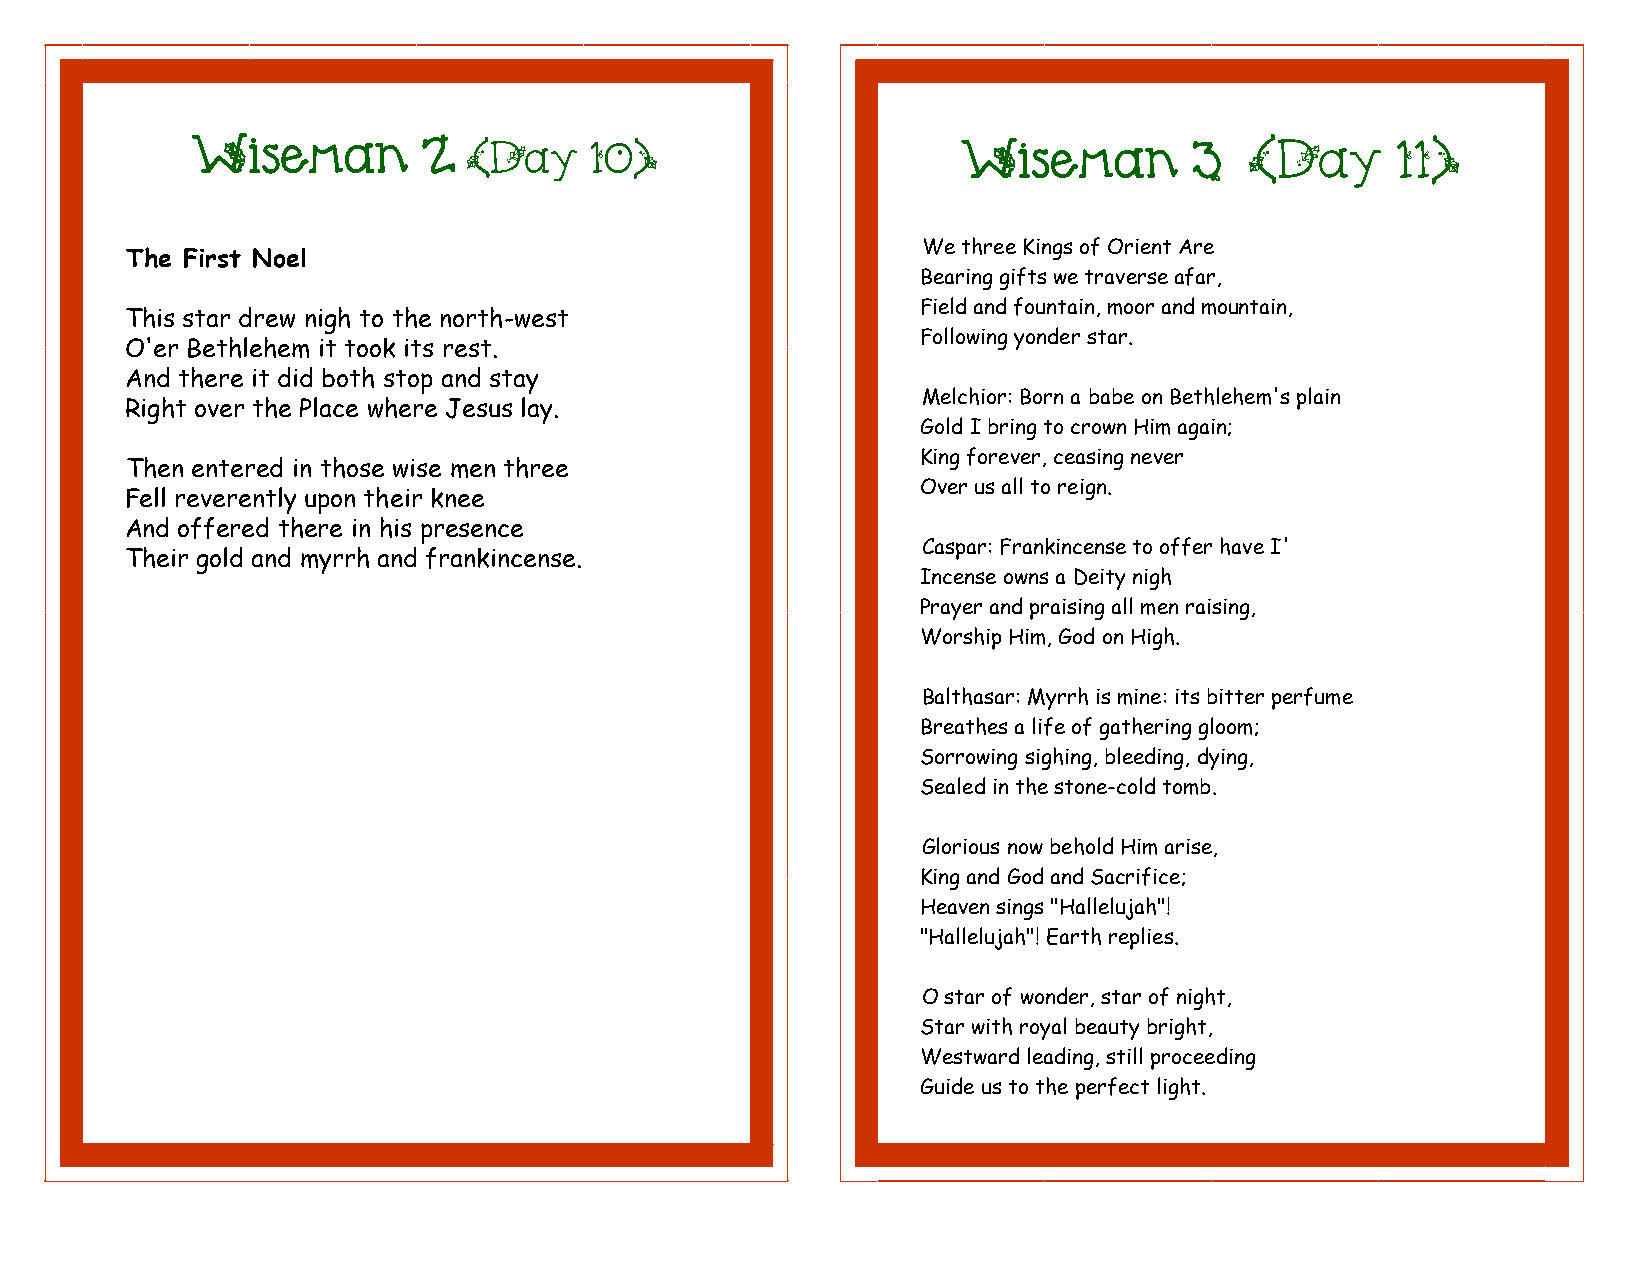
Wiseman        2  (Day    10)                      Wiseman        3   (Day     11)
 We three Kings of Orient Are
 The First Noel
 Bearing gifts we traverse afar,
 Field and fountain, moor and mountain,
 This star drew nigh to the north-west
 Following yonder star.
 O'er Bethlehem it took its rest.
 And there it did both stop and stay
 Melchior: Born a babe on Bethlehem's plain
 Right over the Place where Jesus lay.
 Gold I bring to crown Him again;
 King forever, ceasing never
 Then entered in those wise men three
 Over us all to reign.
 Fell reverently upon their knee
 And offered there in his presence
 Caspar: Frankincense to offer have I'
 Their gold and myrrh and frankincense.
 Incense owns a Deity nigh
 Prayer and praising all men raising,
 Worship Him, God on High.
 Balthasar: Myrrh is mine: its bitter perfume
 Breathes a life of gathering gloom;
 Sorrowing sighing, bleeding, dying,
 Sealed in the stone-cold tomb.
 Glorious now behold Him arise,
 King and God and Sacrifice;
 Heaven sings "Hallelujah"!
 "Hallelujah"! Earth replies.
 O star of wonder, star of night,
 Star with royal beauty bright,
 Westward leading, still proceeding
 Guide us to the perfect light.